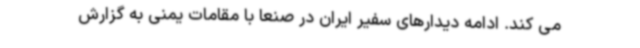
می کند. ادامه دیدارهای سفیر ایران در صنعا با مقامات یمنی به گزارش